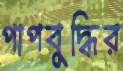
পাপবুদ্ধির